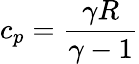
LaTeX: c_{p}={\frac{\gamma R}{\gamma-1}}